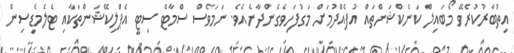
އިތުބާރުކުރެވޭ މޯބައިލް ކަނެކްޝަންތައް އުފެއްދުމަށް މަގުފަހިވެގެންދާނެއެވެ. ނަމަވެސް ސްމާޓް ސިޓީ އެޕްލިކޭޝަންތަކާއި ޓެލެމެޑިސިން